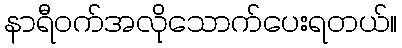
နာရီဝက်အလိုသောက်ပေးရတယ်။